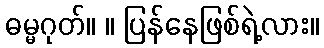
ဓမ္မဂုတ်။ ။ ပြန်နေဖြစ်ရဲ့လား။